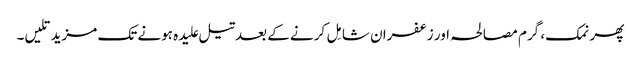
پھر نمک، گرم مصالحہ اور زعفران شامِل کرنے کے بعدتیل علیدہ ہونے تک مزید تلیں۔